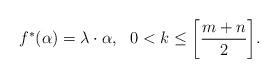
LaTeX: \begin{align*}f^*(\alpha)=\lambda\cdot\alpha, \ \ 0<k \leq \biggl[\frac{m+n}{2}\biggl].\end{align*}